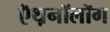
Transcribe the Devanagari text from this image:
ऍथ़नॉलॉग